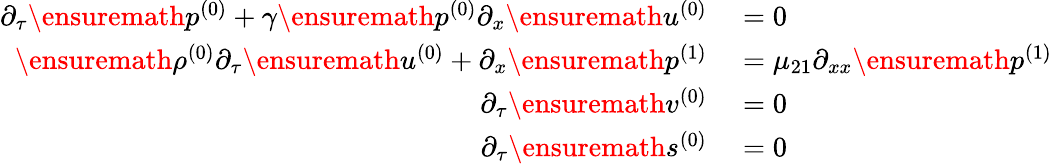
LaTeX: \begin{array}{rl}{\partial_{\tau}\ensuremath{p^{(0)}}+\gamma\ensuremath{p^{(0)}}\partial_{x}\ensuremath{u^{(0)}}}&{{}=0}\\ {\ensuremath{\rho^{(0)}}\partial_{\tau}\ensuremath{u^{(0)}}+\partial_{x}\ensuremath{p^{(1)}}}&{{}=\mu_{21}\partial_{xx}\ensuremath{p^{(1)}}}\\ {\partial_{\tau}\ensuremath{v^{(0)}}}&{{}=0}\\ {\partial_{\tau}\ensuremath{s^{(0)}}}&{{}=0}\end{array}